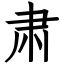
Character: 肃